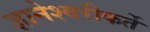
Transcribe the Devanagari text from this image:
ज्ञानेश्वरीकर्ते